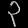
Digit: ၃